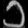
Digit: ၁